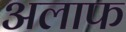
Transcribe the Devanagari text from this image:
अलाफ